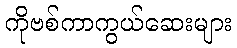
ကိုဗစ်ကာကွယ်ဆေးများ